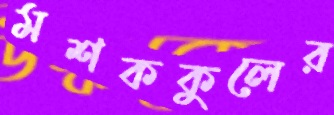
মশককুলের